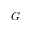
G